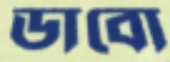
ডাবো